Tezpur Lunatic Asylum reports 1877-1894 - 1877-1894
Year: 1877
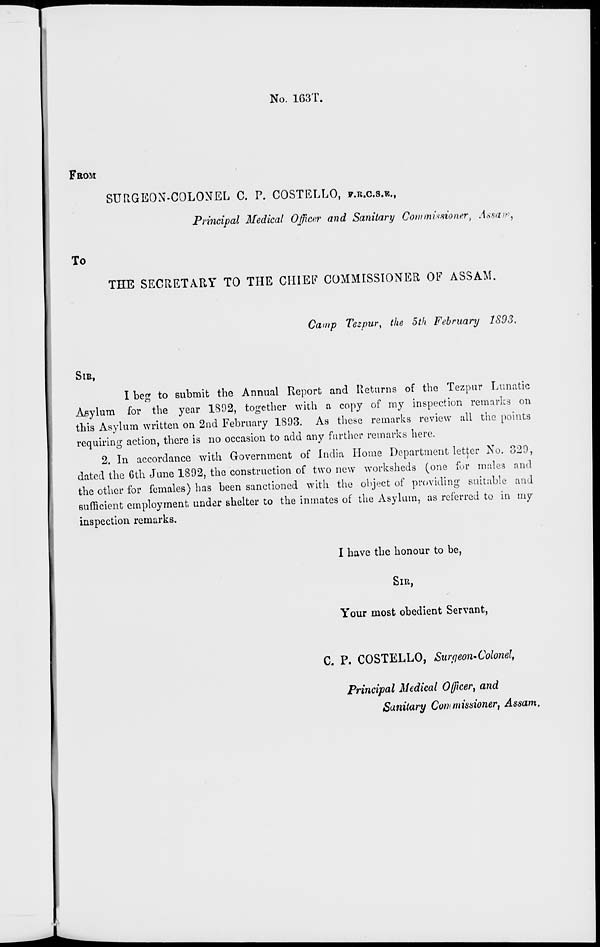
No. 163T.
FROM
SURGEON-COLONEL C. P. COSTELLQ, P.R.C.S.W.,
Principal Medical Officer and Sanitary Commissioner, Assam,
To
THE SECRETARY TO THE CHIEF COMMISSIONER OF ASSAM.
Camp Tezpur } the 5th February 1893.
SIB,
I beg to submit the Annual Report and Returns of the Tezpur Lunatic
Asylum for the year 1802, together with a copy of my inspection remarks on
this Asylum written on 2nd February 1893. As these remarks review all the points
requiring action, there is no occasion to add any further remarks here.
2. In accordance with Government of India Home Department letter No. 329,
dated the 6th June 1892, the construction of two new worksheds (one for males and
the other for females) has been sanctioned with the object of providing suitable and
sufficient employment under shelter to the inmates of the Asylum, as referred to in my
inspection remarks.
I have the honour to be,
SIR,
Your most obedient Servant,
C. P. COSTELLO, Swyeon.Colonel,
Principal Medical Officer, and
Sanitary Commisxioner, Assam.